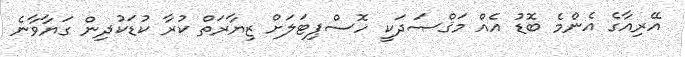
އޭރިއާގެ އެންމެ ބޮޑު އެއް މަޤްޞަދަކީ ހޮސްޕިޓަލަށް ޒިޔާރަތް ކުރާ ކުޑަކުދިން ގަޔާވާނެ